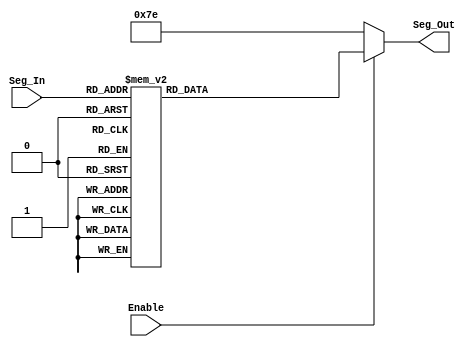
//ECE 6370

module Seven_Seg_Decoder(Seg_In,Seg_Out,Enable);
input[3:0] Seg_In; 
output[6:0] Seg_Out;
reg[6:0] Seg_Out;
input Enable;


always @ (Seg_In)
begin
  if(Enable==1)
  begin
    case(Seg_In)
      4'b0000:
        begin
          Seg_Out=7'b0001000;  
        end
      4'b0001:
        begin
          Seg_Out=7'b0000000;
        end
      4'b0010:
        begin
          Seg_Out=7'b1000110; 
        end
      4'b0011:
        begin
          Seg_Out=7'b0100001;
        end
      4'b0100:
        begin
          Seg_Out=7'b0000110;
        end
      4'b0101:
        begin
          Seg_Out=7'b0001110;
        end
      4'b0110:
        begin
          Seg_Out=7'b0010000;
        end
      4'b0111:
        begin
          Seg_Out=7'b0001001;
        end
      4'b1000:
        begin
          Seg_Out=7'b1111001;
        end
      4'b1001:
        begin
          Seg_Out=7'b1110001;
        end
      4'b1010:
        begin
          Seg_Out=7'b1000111;
        end
      4'b1011:
        begin
          Seg_Out=7'b1000000;
        end
      4'b1100:
        begin
          Seg_Out=7'b0001100;
        end
      4'b1101:
        begin
          Seg_Out=7'b0010010;
        end
      4'b1110:
        begin
          Seg_Out=7'b1000001;
       end
      4'b1111:
        begin
          Seg_Out=7'b1111110;  //0111111
        end
      default:
	begin
	  Seg_Out=7'b1111110;
	end
    endcase
  end

  else
  begin
    Seg_Out=7'b1111110;
  end

end
 
endmodule